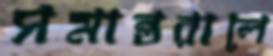
সমান্তরালে